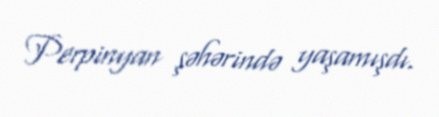
Perpinyan şəhərində yaşamışdı.